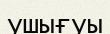
ушығуы